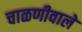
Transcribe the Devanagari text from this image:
चाळणीवाले